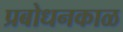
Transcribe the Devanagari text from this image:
प्रबोधनकाळ